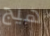
هيج